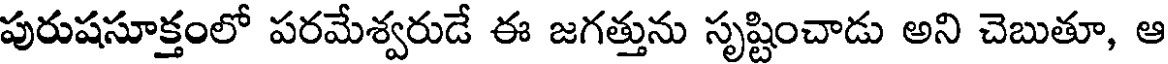
పురుషసూక్తంలో పరమేశ్వరుడే ఈ జగత్తును సృష్టించాడు అని చెబుతూ, ఆ